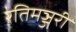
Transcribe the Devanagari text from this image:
रतिमञ्जरी